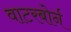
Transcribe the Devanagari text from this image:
वाटरबोर्न